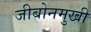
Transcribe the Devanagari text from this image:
जीबोनमुखी